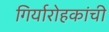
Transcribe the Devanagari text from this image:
गिर्यारोहकांची